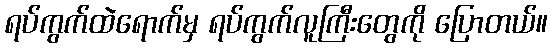
ရပ်ကွက်ထဲရောက်မှ ရပ်ကွက်လူကြီးတွေကို ပြောတယ်။